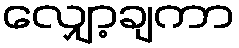
လျှော့ချကာ